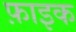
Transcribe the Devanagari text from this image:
फ़ाइक